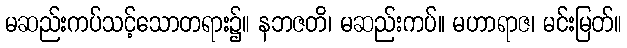
မဆည်းကပ်သင့်သောတရား၌။ နဘဇတိ၊ မဆည်းကပ်။ မဟာရာဇ၊ မင်းမြတ်။